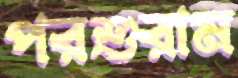
পরশুরাম